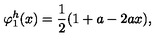
\varphi _ { 1 } ^ { h } ( x ) = { \frac { 1 } { 2 } } ( 1 + a - 2 a x ) ,